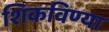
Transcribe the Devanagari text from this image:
शिकविण्या